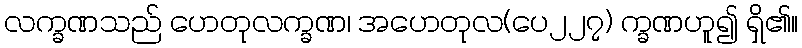
လက္ခဏသည် ဟေတုလက္ခဏ၊ အဟေတုလ(ပေ၂၂၇) က္ခဏဟူ၍ ရှိ၏။